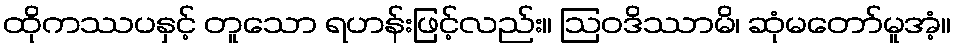
ထိုကဿပနှင့် တူသော ရဟန်းဖြင့်လည်း။ ဩဝဒိဿာမိ၊ ဆုံမတော်မူအံ့။